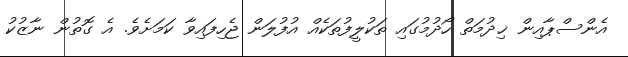
އެންސްޕާއިން ޚިދުމަތް ހޯދުމުގައި ތަކުލީފުތަކެއް އުފުލަން ޖެހިފައިވާ ކަމަށެވެ. އެ ގޮތުން ނާޒުކު